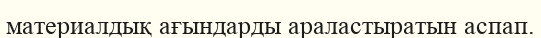
материалдық ағындарды араластыратын аспап.